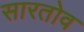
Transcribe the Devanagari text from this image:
सारतोव